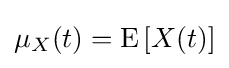
\mu _{X}(t)=\operatorname {E} \left[X(t)\right]